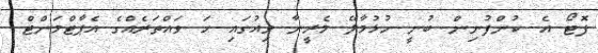
ފޮޓޯ އެ ކުންފުނިން ބުނީ ހުޅުމާލޭ މެރީނާ ވިއުގައި ހަ ވައްތަރެއްގެ އެޕާޓްމަންޓް